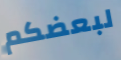
لبعضكم